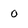
Character: o